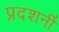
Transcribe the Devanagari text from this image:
प्रदशर्नी